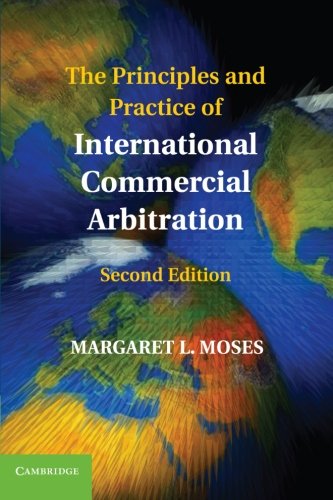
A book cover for The Principles and Practice of International Commercial Arbitration; Margaret L. Moses; Law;